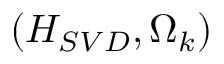
( H _ { S V D } , \Omega _ { k } )